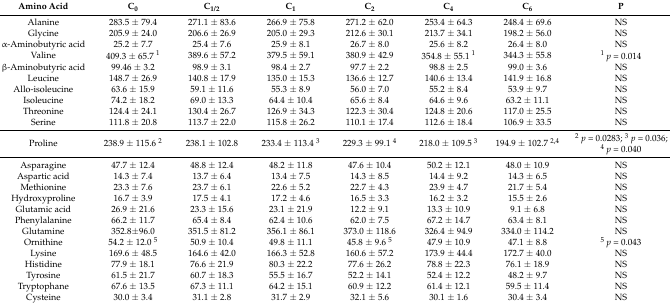
<table><thead><tr><td><b>Amino Acid</b></td><td><b>C<sub>0</sub></b></td><td><b>C<sub>1/2</sub></b></td><td><b>C<sub>1</sub></b></td><td><b>C<sub>2</sub></b></td><td><b>C<sub>4</sub></b></td><td><b>C<sub>6</sub></b></td><td><b>P</b></td></tr></thead><tbody><tr><td>Alanine </td><td>283.5 ± 79.4</td><td>271.1 ± 83.6</td><td>266.9 ± 75.8</td><td>271.2 ± 62.0</td><td>253.4 ± 64.3</td><td>248.4 ± 69.6</td><td>NS</td></tr><tr><td>Glycine </td><td>205.9 ± 24.0</td><td>206.6 ± 26.9</td><td>205.0 ± 29.3</td><td>212.6 ± 30.1</td><td>213.7 ± 34.1</td><td>198.2 ± 56.0</td><td>NS</td></tr><tr><td>α-Aminobutyric acid</td><td>25.2 ± 7.7</td><td>25.4 ± 7.6</td><td>25.9 ± 8.1</td><td>26.7 ± 8.0</td><td>25.6 ± 8.2</td><td>26.4 ± 8.0</td><td>NS</td></tr><tr><td>Valine </td><td>409.3 ± 65.7 <sup>1</sup></td><td>389.6 ± 57.2</td><td>379.5 ± 59.1</td><td>380.9 ± 42.9</td><td>354.8 ± 55.1 <sup>1</sup></td><td>344.3 ± 55.8</td><td><sup>1</sup><i>p</i> = 0.014</td></tr><tr><td>β-Aminobutyric acid</td><td>99.46 ± 3.2</td><td>98.9 ± 3.1</td><td>98.4 ± 2.7</td><td>97.7 ± 2.2</td><td>98.8 ± 2.5</td><td>99.0 ± 3.6</td><td>NS</td></tr><tr><td>Leucine </td><td>148.7 ± 26.9</td><td>140.8 ± 17.9</td><td>135.0 ± 15.3</td><td>136.6 ± 12.7</td><td>140.6 ± 13.4</td><td>141.9 ± 16.8</td><td>NS</td></tr><tr><td>Allo-isoleucine</td><td>63.6 ± 15.9</td><td>59.1 ± 11.6</td><td>55.3 ± 8.9</td><td>56.0 ± 7.0</td><td>55.2 ± 8.4</td><td>53.9 ± 9.7</td><td>NS</td></tr><tr><td>Isoleucine </td><td>74.2 ± 18.2</td><td>69.0 ± 13.3</td><td>64.4 ± 10.4</td><td>65.6 ± 8.4</td><td>64.6 ± 9.6</td><td>63.2 ± 11.1</td><td>NS</td></tr><tr><td>Threonine </td><td>124.4 ± 24.1</td><td>130.4 ± 26.7</td><td>126.9 ± 34.3</td><td>122.3 ± 30.4</td><td>124.8 ± 20.6</td><td>117.0 ± 25.5</td><td>NS</td></tr><tr><td>Serine </td><td>111.8 ± 20.8</td><td>113.7 ± 22.0</td><td>115.8 ± 26.2</td><td>110.1 ± 17.4</td><td>112.6 ± 18.4</td><td>106.9 ± 33.5</td><td>NS</td></tr><tr><td>Proline </td><td>238.9 ± 115.6 <sup>2</sup></td><td>238.1 ± 102.8</td><td>233.4 ± 113.4 <sup>3</sup></td><td>229.3 ± 99.1 <sup>4</sup></td><td>218.0 ± 109.5 <sup>3</sup></td><td>194.9 ± 102.7 <sup>2,4</sup></td><td><sup>2</sup><i>p</i> = 0.0283; <sup>3</sup><i>p</i> = 0.036;<sup>4</sup><i>p</i> = 0.040</td></tr><tr><td>Asparagine</td><td>47.7 ± 12.4</td><td>48.8 ± 12.4</td><td>48.2 ± 11.8</td><td>47.6 ± 10.4</td><td>50.2 ± 12.1</td><td>48.0 ± 10.9</td><td>NS</td></tr><tr><td>Aspartic acid</td><td>14.3 ± 7.4</td><td>13.7 ± 6.4</td><td>13.4 ± 7.5</td><td>14.3 ± 8.5</td><td>14.4 ± 9.2</td><td>14.3 ± 6.5</td><td>NS</td></tr><tr><td>Methionine </td><td>23.3 ± 7.6</td><td>23.7 ± 6.1</td><td>22.6 ± 5.2</td><td>22.7 ± 4.3</td><td>23.9 ± 4.7</td><td>21.7 ± 5.4</td><td>NS</td></tr><tr><td>Hydroxyproline </td><td>16.7 ± 3.9</td><td>17.5 ± 4.1</td><td>17.2 ± 4.6</td><td>16.5 ± 3.3</td><td>16.2 ± 3.2</td><td>15.5 ± 2.6</td><td>NS</td></tr><tr><td>Glutamic acid</td><td>26.9 ± 21.6</td><td>23.3 ± 15.6</td><td>23.1 ± 21.9</td><td>12.2 ± 9.1</td><td>13.3 ± 10.9</td><td>9.1 ± 6.8</td><td>NS</td></tr><tr><td>Phenylalanine </td><td>66.2 ± 11.7</td><td>65.4 ± 8.4</td><td>62.4 ± 10.6</td><td>62.0 ± 7.5</td><td>67.2 ± 14.7</td><td>63.4 ± 8.1</td><td>NS</td></tr><tr><td>Glutamine</td><td>352.8±96.0</td><td>351.5 ± 81.2</td><td>356.1 ± 86.1</td><td>373.0 ± 118.6</td><td>326.4 ± 94.9</td><td>334.0 ± 114.2</td><td>NS</td></tr><tr><td>Ornithine </td><td>54.2 ± 12.0 <sup>5</sup></td><td>50.9 ± 10.4</td><td>49.8 ± 11.1</td><td>45.8 ± 9.6 <sup>5</sup></td><td>47.9 ± 10.9</td><td>47.1 ± 8.8</td><td><sup>5</sup><i>p</i> = 0.043</td></tr><tr><td>Lysine </td><td>169.6 ± 48.5</td><td>164.6 ± 42.0</td><td>166.3 ± 52.8</td><td>160.6 ± 57.2</td><td>173.9 ± 44.4</td><td>172.7 ± 40.0</td><td>NS</td></tr><tr><td>Histidine </td><td>77.9 ± 18.1</td><td>76.6 ± 21.9</td><td>80.3 ± 22.2</td><td>77.6 ± 26.2</td><td>78.8 ± 22.3</td><td>76.1 ± 18.9</td><td>NS</td></tr><tr><td>Tyrosine </td><td>61.5 ± 21.7</td><td>60.7 ± 18.3</td><td>55.5 ± 16.7</td><td>52.2 ± 14.1</td><td>52.4 ± 12.2</td><td>48.2 ± 9.7</td><td>NS</td></tr><tr><td>Tryptophane </td><td>67.6 ± 13.5</td><td>67.3 ± 11.1</td><td>64.2 ± 15.1</td><td>60.9 ± 12.2</td><td>61.4 ± 12.1</td><td>59.5 ± 11.4</td><td>NS</td></tr><tr><td>Cysteine </td><td>30.0 ± 3.4</td><td>31.1 ± 2.8</td><td>31.7 ± 2.9</td><td>32.1 ± 5.6</td><td>30.1 ± 1.6</td><td>30.4 ± 3.4</td><td>NS</td></tr></tbody></table>